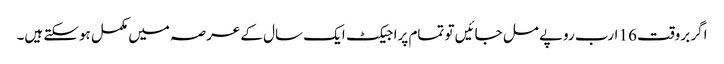
اگر بروقت 16 ارب روپے مل جائیں تو تمام پراجیکٹ ایک سال کے عرصہ میں مکمل ہوسکتے ہیں۔